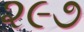
૨૯૭